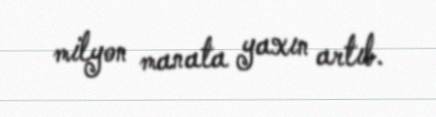
milyon manata yaxın artıb.